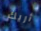
أريك